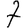
Digit: 7